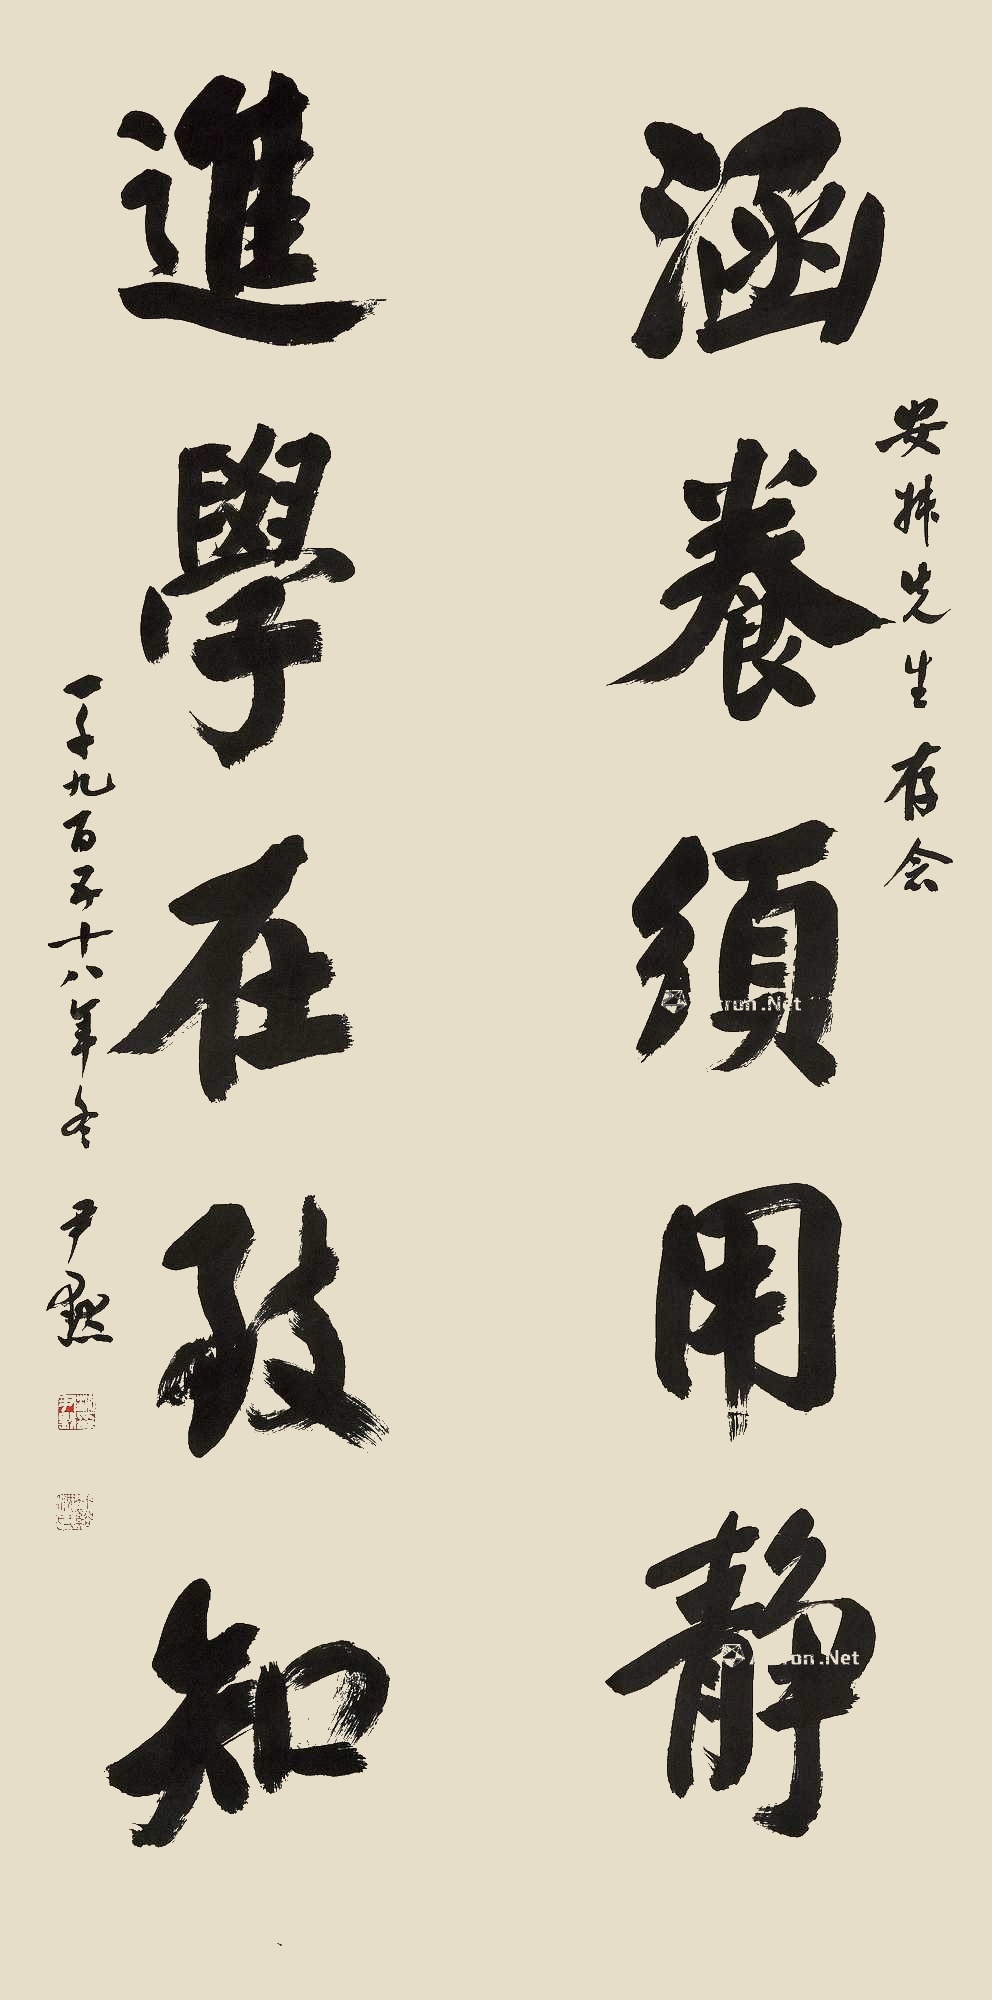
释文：涵养需用静，进学在致知。安殊先生存念，一千九百又十六年冬，尹默。